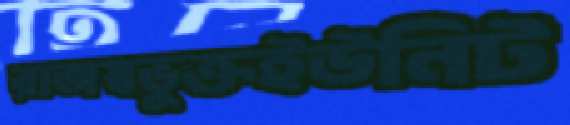
রাজস্বভুক্তইউনিট